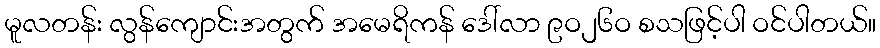
မူလတန်း လွန်ကျောင်းအတွက် အမေရိကန် ဒေါ်လာ ၉ဝ၂၆ဝ စသဖြင့်ပါ ဝင်ပါတယ်။